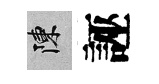
陳誣